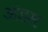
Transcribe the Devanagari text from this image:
अंडस